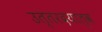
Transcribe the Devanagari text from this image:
उत्तरदयात्व